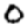
Digit: 0